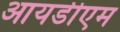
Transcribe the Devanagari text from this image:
आयडीएम